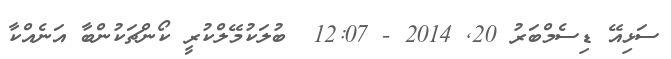
ސަޅިއޭ ޑިސެމްބަރު 20